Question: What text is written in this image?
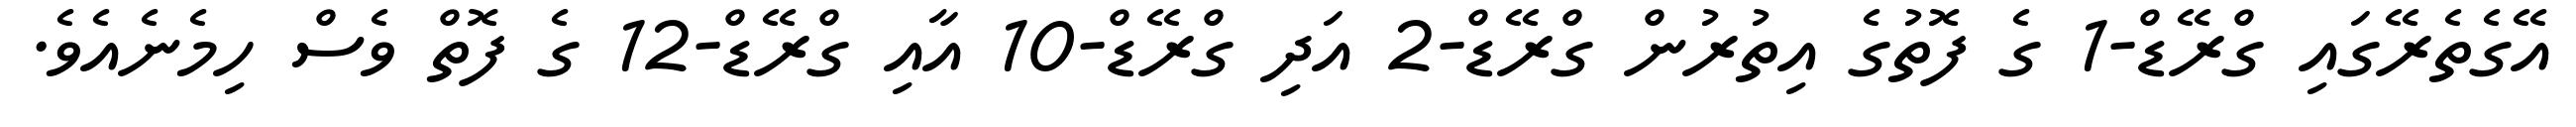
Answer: އޭގެތެރޭގައި ގްރޭޑް-1 ގެ ފޮތުގެ އިތުރުން ގްރޭޑް-2 އަދި ގްރޭޑް-10 އާއި ގްރޭޑް-12 ގެ ފޮތް ވެސް ހިމެނެއެވެ.